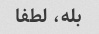
بله، لطفا